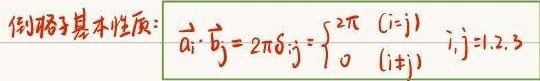
倒格子基本性质：
\[
\vec{a}_i\cdot\vec{b}_j = 2\pi\delta_{ij}=\begin{cases}2\pi&(i = j)\\0&(i\neq j)\end{cases}
\]
其中 \(i,j = 1,2,3\)